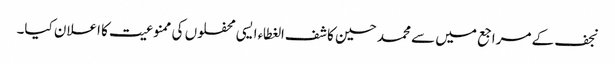
نجف کے مراجع میں سے محمد حسین کاشف‌الغطاء ایسی محفلوں کی ممنوعیت کا اعلان کیا۔